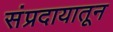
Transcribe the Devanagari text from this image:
संप्रदायातून